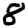
Digit: 8